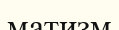
матизм